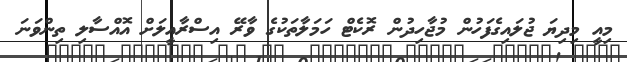
މިއީ މިދިޔަ ޖުލައިގެފަހުން މުޖާހިދުން ރޮކެޓް ހަމަލާތަކުގެ ވާރޭ އިސްރާއީލަށް އޮއްސާލި ތިންވަނަ